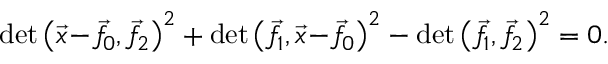
\operatorname* { d e t } { \left( { \vec { x } } \! - \! { \vec { f } } \! _ { 0 } , { \vec { f } } \! _ { 2 } \right) ^ { 2 } } + \operatorname* { d e t } { \left( { \vec { f } } \! _ { 1 } , { \vec { x } } \! - \! { \vec { f } } \! _ { 0 } \right) ^ { 2 } } - \operatorname* { d e t } { \left( { \vec { f } } \! _ { 1 } , { \vec { f } } \! _ { 2 } \right) ^ { 2 } } = 0 .